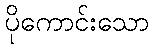
ပိုကောင်းသော